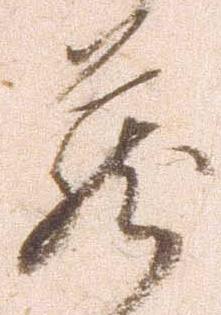
蔵